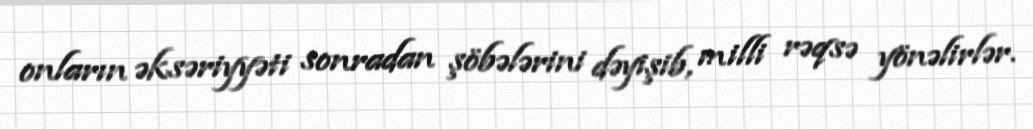
onların əksəriyyəti sonradan şöbələrini dəyişib, milli rəqsə yönəlirlər.